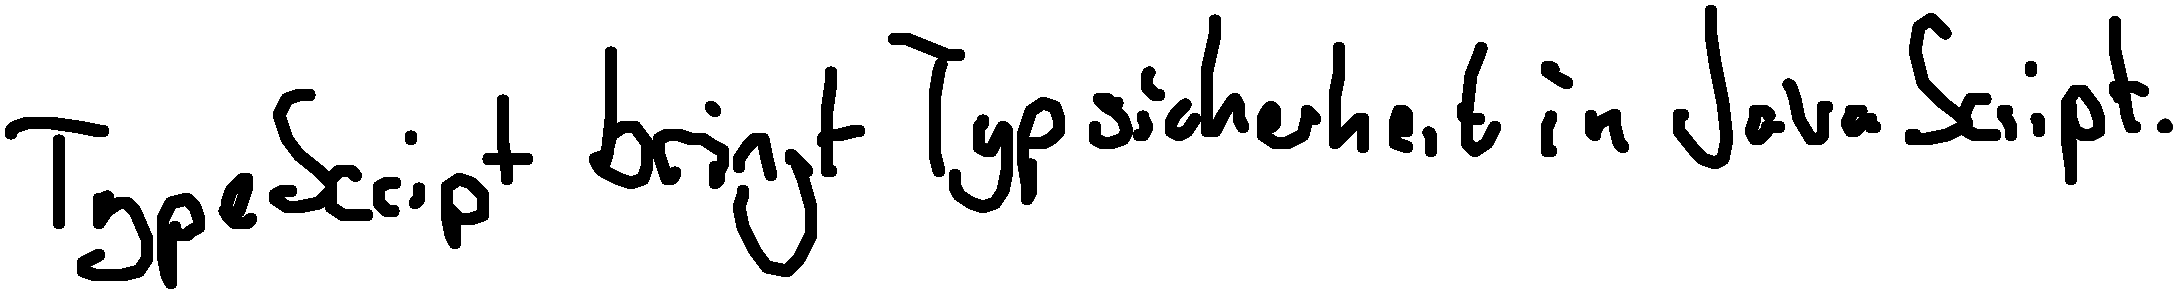
TypeScript bringt Typsicherheit in JavaScript.